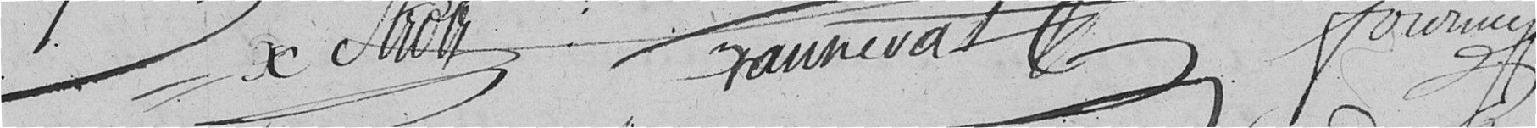
X Strolz Branevat Fourmey